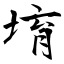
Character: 堉